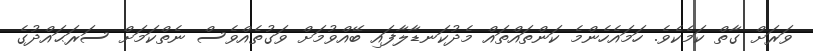
ވަރަށް ގާތް ކަމެކެވެ. ހަމައެހެންމެ ކަންތައްތައް މެދުކަނޑާލާފައި ބޭއްވުމަށް ވަގުތެއްވެސް ނެތްކަމަށް ސަރަޙައްދުގެ